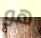
هو